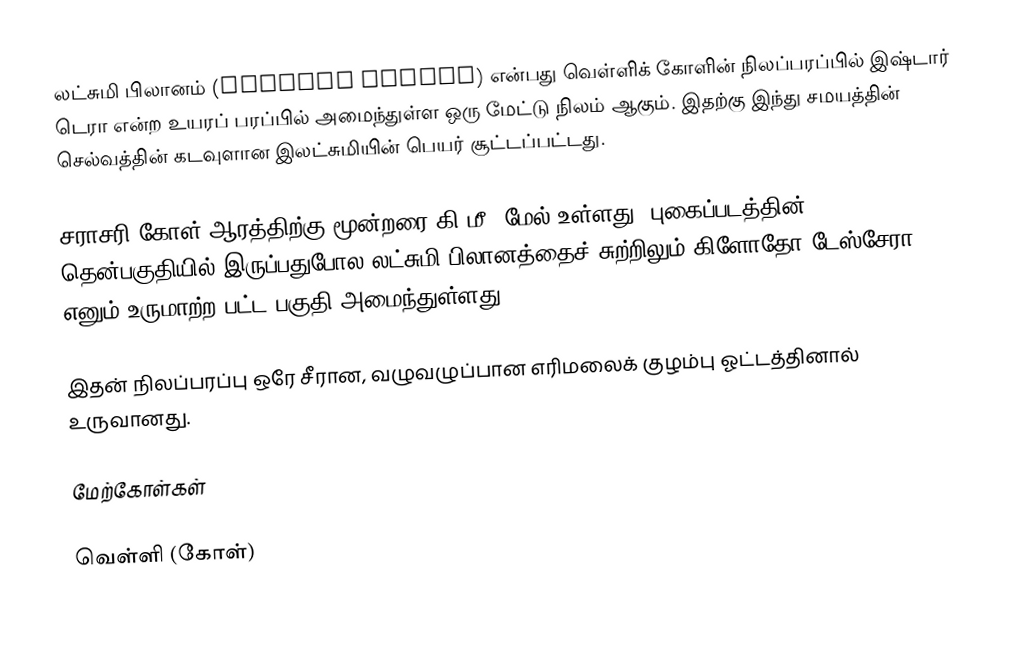
லட்சுமி பிலானம் (Lakshmi Planum) என்பது வெள்ளிக் கோளின் நிலப்பரப்பில் இஷ்டார் டெரா என்ற உயரப் பரப்பில் அமைந்துள்ள ஒரு மேட்டு நிலம் ஆகும். இதற்கு இந்து சமயத்தின் செல்வத்தின் கடவுளான இலட்சுமியின் பெயர் சூட்டப்பட்டது.

சராசரி கோள் ஆரத்திற்கு மூன்றரை கி.மீ. மேல் உள்ளது. புகைப்படத்தின் தென்பகுதியில் இருப்பதுபோல லட்சுமி பிலானத்தைச் சுற்றிலும் கிளோதோ டேஸ்சேரா எனும் உருமாற்ற பட்ட பகுதி அமைந்துள்ளது.

இதன் நிலப்பரப்பு ஒரே சீரான, வழுவழுப்பான எரிமலைக் குழம்பு ஓட்டத்தினால் உருவானது.

மேற்கோள்கள்

வெள்ளி (கோள்)